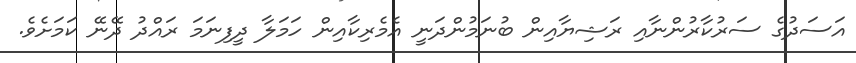
އަސަދުގެ ސަރުކާރުންނާއި ރަޝިޔާއިން ބުނަމުންދަނީ އެމެރިކާއިން ހަމަލާ ދީފިނަމަ ރައްދު ދޭނޭ ކަމަށެވެ.